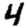
Digit: 4